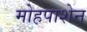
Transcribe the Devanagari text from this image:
मोहपाशेन